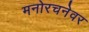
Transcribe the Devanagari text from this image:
मनोरचनेवर